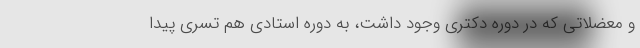
و معضلاتی که در دوره دکتری وجود داشت، به دوره استادی هم تسری پیدا